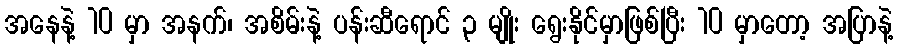
အနေနဲ့ 10 မှာ အနက်၊ အစိမ်းနဲ့ ပန်းဆီရောင် ၃ မျိုး ရွေးနိုင်မှာဖြစ်ပြီး 10 မှာတော့ အပြာနဲ့